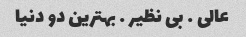
عالی … بی نظیر … بهترین دو دنیا